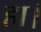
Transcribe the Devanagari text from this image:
हा।